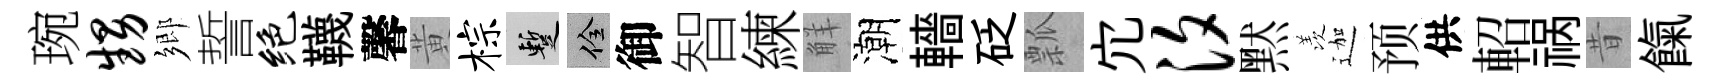
琬甥鄉誓绝韈馨黄棕暫佺御智練觧潮轖砭瓢宂汐黙羡迦预供軺祸昔餼